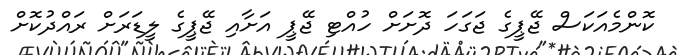
ކޮންމެއަކަސް ޖޭޕީގެ ޖަގަހަ ދޮށަށް ހުއްޓި ޖޭޕީ އަށާއި ޖޭޕީގެ ލީޑަރަށް ރައްދުކޮށް